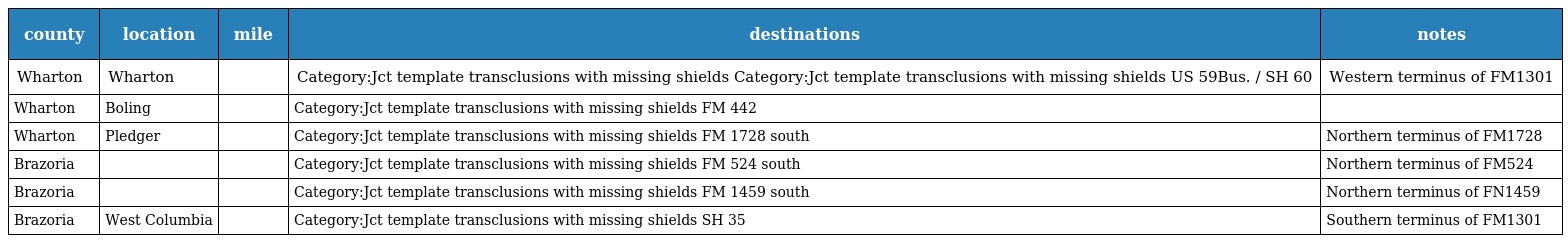
| county | location | mile | destinations | notes |
 | --- | --- | --- | --- | --- |
 | Wharton | Wharton |  | Category:Jct template transclusions with missing shields Category:Jct template transclusions with missing shields US 59Bus. / SH 60 | Western terminus of FM1301 |
 | Wharton | Boling |  | Category:Jct template transclusions with missing shields FM 442 |  |
 | Wharton | Pledger |  | Category:Jct template transclusions with missing shields FM 1728 south | Northern terminus of FM1728 |
 | Brazoria |  |  | Category:Jct template transclusions with missing shields FM 524 south | Northern terminus of FM524 |
 | Brazoria |  |  | Category:Jct template transclusions with missing shields FM 1459 south | Northern terminus of FN1459 |
 | Brazoria | West Columbia |  | Category:Jct template transclusions with missing shields SH 35 | Southern terminus of FM1301 |